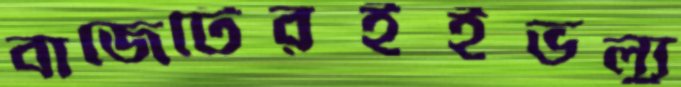
বাজেটেরইইভল্যু